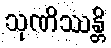
သုဏိဿန္တိ